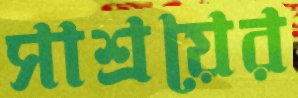
সাশ্রয়ের